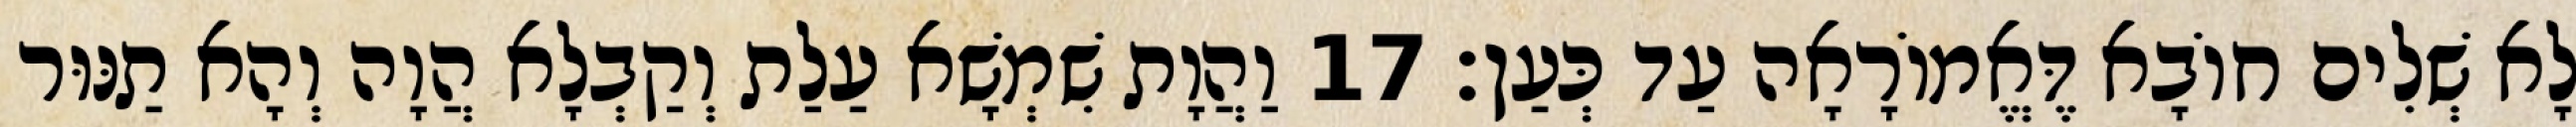
לָא שְׁלִים חוֹבָא דֶּאֱמוֹרָאָה עַד כְּעַן׃ 17 וַהֲוָת שִׁמְשָׁא עַלַת וְקַבְלָא הֲוָה וְהָא תַנּוּר